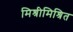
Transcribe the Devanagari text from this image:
मिश्रीमिश्रित